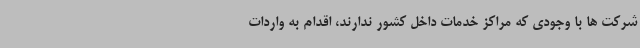
شرکت ها با وجودی که مراکز خدمات داخل کشور ندارند، اقدام به واردات